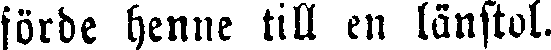
förde henne till en länstol.